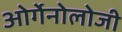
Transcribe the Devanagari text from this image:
ओर्गेनोलोजी